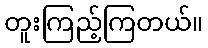
တူးကြည့်ကြတယ်။